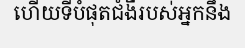
ហើយទីបំផុតជំងឺរបស់អ្នកនឹង